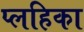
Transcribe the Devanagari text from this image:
प्लहिका